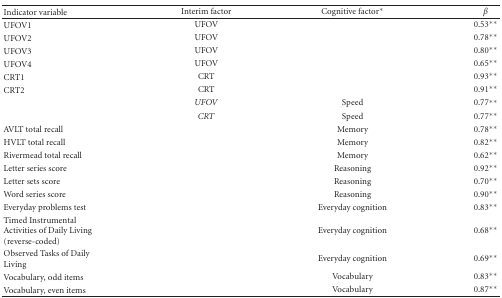
<table><thead><tr><td><b>Indicator variable</b></td><td><b>Interim factor</b></td><td><b>Cognitive factor<sup>∗</sup></b></td><td><b><i>β</i></b></td></tr></thead><tbody><tr><td>UFOV1</td><td>UFOV</td><td></td><td>0.53<sup>∗∗</sup></td></tr><tr><td>UFOV2</td><td>UFOV</td><td></td><td>0.78<sup>∗∗</sup></td></tr><tr><td>UFOV3</td><td>UFOV</td><td></td><td>0.80<sup>∗∗</sup></td></tr><tr><td>UFOV4</td><td>UFOV</td><td></td><td>0.65<sup>∗∗</sup></td></tr><tr><td>CRT1</td><td>CRT</td><td></td><td>0.93<sup>∗∗</sup></td></tr><tr><td>CRT2</td><td>CRT</td><td></td><td>0.91<sup>∗∗</sup></td></tr><tr><td></td><td><i>UFOV</i></td><td>Speed</td><td>0.77<sup>∗∗</sup></td></tr><tr><td></td><td><i>CRT</i></td><td>Speed</td><td>0.77<sup>∗∗</sup></td></tr><tr><td>AVLT total recall</td><td></td><td>Memory</td><td>0.78<sup>∗∗</sup></td></tr><tr><td>HVLT total recall</td><td></td><td>Memory</td><td>0.82<sup>∗∗</sup></td></tr><tr><td>Rivermead total recall</td><td></td><td>Memory</td><td>0.62<sup>∗∗</sup></td></tr><tr><td>Letter series score</td><td></td><td>Reasoning</td><td>0.92<sup>∗∗</sup></td></tr><tr><td>Letter sets score</td><td></td><td>Reasoning</td><td>0.70<sup>∗∗</sup></td></tr><tr><td>Word series score</td><td></td><td>Reasoning</td><td>0.90<sup>∗∗</sup></td></tr><tr><td>Everyday problems test</td><td></td><td>Everyday cognition</td><td>0.83<sup>∗∗</sup></td></tr><tr><td>Timed Instrumental Activities of Daily Living (reverse-coded)</td><td></td><td>Everyday cognition</td><td>0.68<sup>∗∗</sup></td></tr><tr><td>Observed Tasks of Daily Living</td><td></td><td>Everyday cognition</td><td>0.69<sup>∗∗</sup></td></tr><tr><td>Vocabulary, odd items</td><td></td><td>Vocabulary</td><td>0.83<sup>∗∗</sup></td></tr><tr><td>Vocabulary, even items</td><td></td><td>Vocabulary</td><td>0.87<sup>∗∗</sup></td></tr></tbody></table>